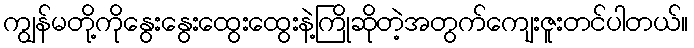
ကျွန်မတို့ကိုနွေးနွေးထွေးထွေးနဲ့ကြိုဆိုတဲ့အတွက်ကျေးဇူးတင်ပါတယ်။